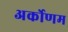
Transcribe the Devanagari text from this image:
अर्कोणम